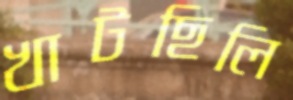
খাটছিলি